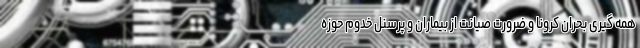
همه ‌گیری بحران کرونا و ضرورت صیانت از بیماران و پرسنل خدوم حوزه